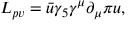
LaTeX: { \cal L } _ { p v } = \bar { u } { \gamma _ { 5 } } \gamma ^ { \mu } \partial _ { \mu } \pi u ,